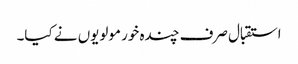
استقبال صرف چندہ خور مولویوں نے کیا۔